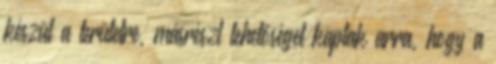
készül a területre, másrészt lehetőséget kaptak arra, hogy a